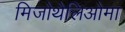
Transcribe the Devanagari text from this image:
मिजोथेलिओमा